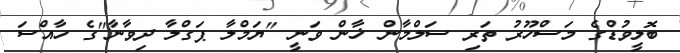
ބޮލީވުޑްގެ މަސްހޫރު ތަރި ސަލްމާން ޚާން ވަނީ "ޔަމްލާ ޕަގްލާ ދިވާނާ"ގެ ހާއްސަ